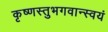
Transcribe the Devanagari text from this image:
कृष्णस्तुभगवान्स्वयं